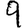
Digit: 9